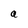
Character: a